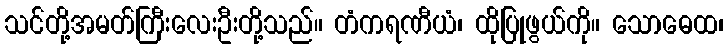
သင်တို့အမတ်ကြီးလေးဦးတို့သည်။ တံကရဏီယံ၊ ထိုပြုဖွယ်ကို။ သောဓေထ၊